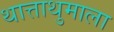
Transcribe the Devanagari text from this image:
थात्ताथुमाला